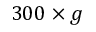
3 0 0 \times g